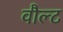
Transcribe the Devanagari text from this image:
वौल्ट